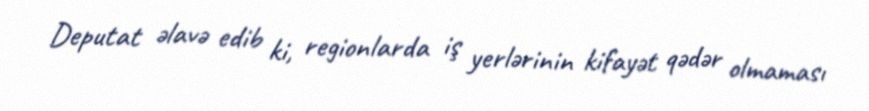
Deputat əlavə edib ki, regionlarda iş yerlərinin kifayət qədər olmaması